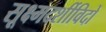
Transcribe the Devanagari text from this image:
सूक्ष्मदर्शीविदों